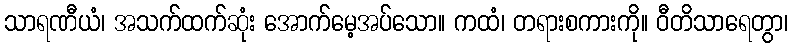
သာရဏီယံ၊ အသက်ထက်ဆုံး အောက်မေ့အပ်သော။ ကထံ၊ တရားစကားကို။ ဝီတိသာရေတွာ၊